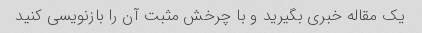
یک مقاله خبری بگیرید و با چرخش مثبت آن را بازنویسی کنید